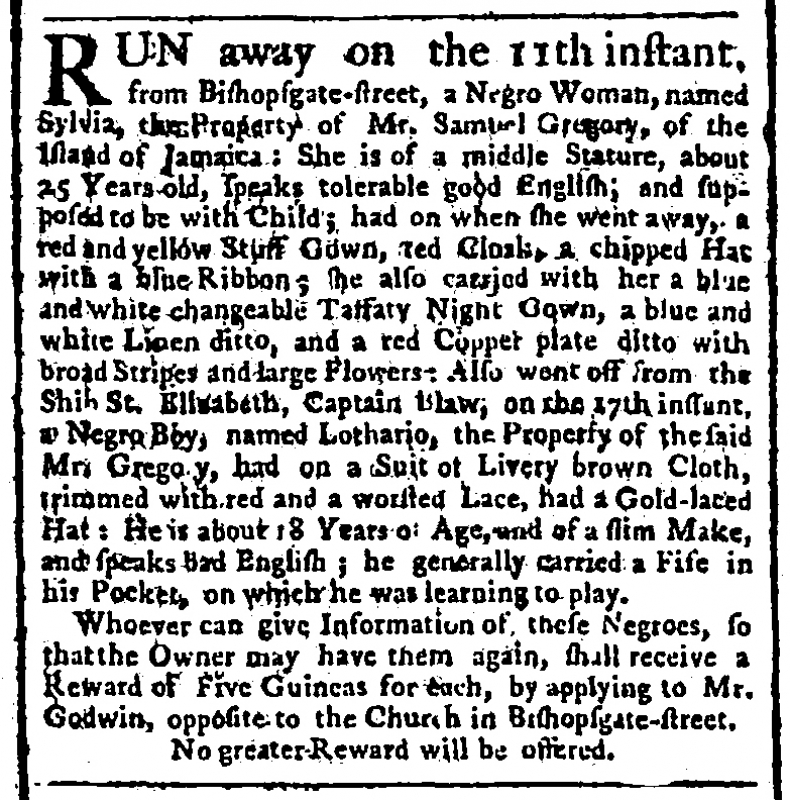
Public Advertiser, 19 November 1763 (England)
RUN away on the 11th instant, from Bishopsgate-street, a Negro Woman, named Sylvia, the Property of Mr. Samuel Gregory, of the Island of Jamaica: She is of middle Stature, about 25 Years old, speaks tolerable good English, and supposed to be with Child; had on when she went away, a red and yellow Stuff Gown, red Cloak, a chipped Hat with a blue Ribbon; she also carried with her a blue and white changeable Taffaty Night Gown, a blue and white Linen ditto, and a red Copper plate ditto with broad Stripes and large Flowers: Also went off from the Ship St. Elizabeth, Captain Blaw, on the 17th instant, a Negro Boy, named Lothario, the Property of the said Mr. Gregory, had on a Suit of Livery brown Cloth, trimmed with red and worsted Lace, had a Gold-laced Hat: He is about 18 Years of Age, and of a slim Make, and speaks bad English; he generally carried a Fife in his Pocket, on which he was learning to play.   Whoever can give Information of these Negroes, so that the Owner may have them again, shall receive a Reward of Five Guineas for each, by applying to Mr. Godwin, opposite to the Church in Bishopsgate-street.   No greater Reward will be offered.